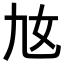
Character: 𡚪